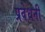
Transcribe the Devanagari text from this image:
प्रवेधनी